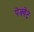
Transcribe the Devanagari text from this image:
पेक्वेट